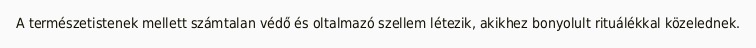
A természetistenek mellett számtalan védő és oltalmazó szellem létezik, akikhez bonyolult rituálékkal közelednek.